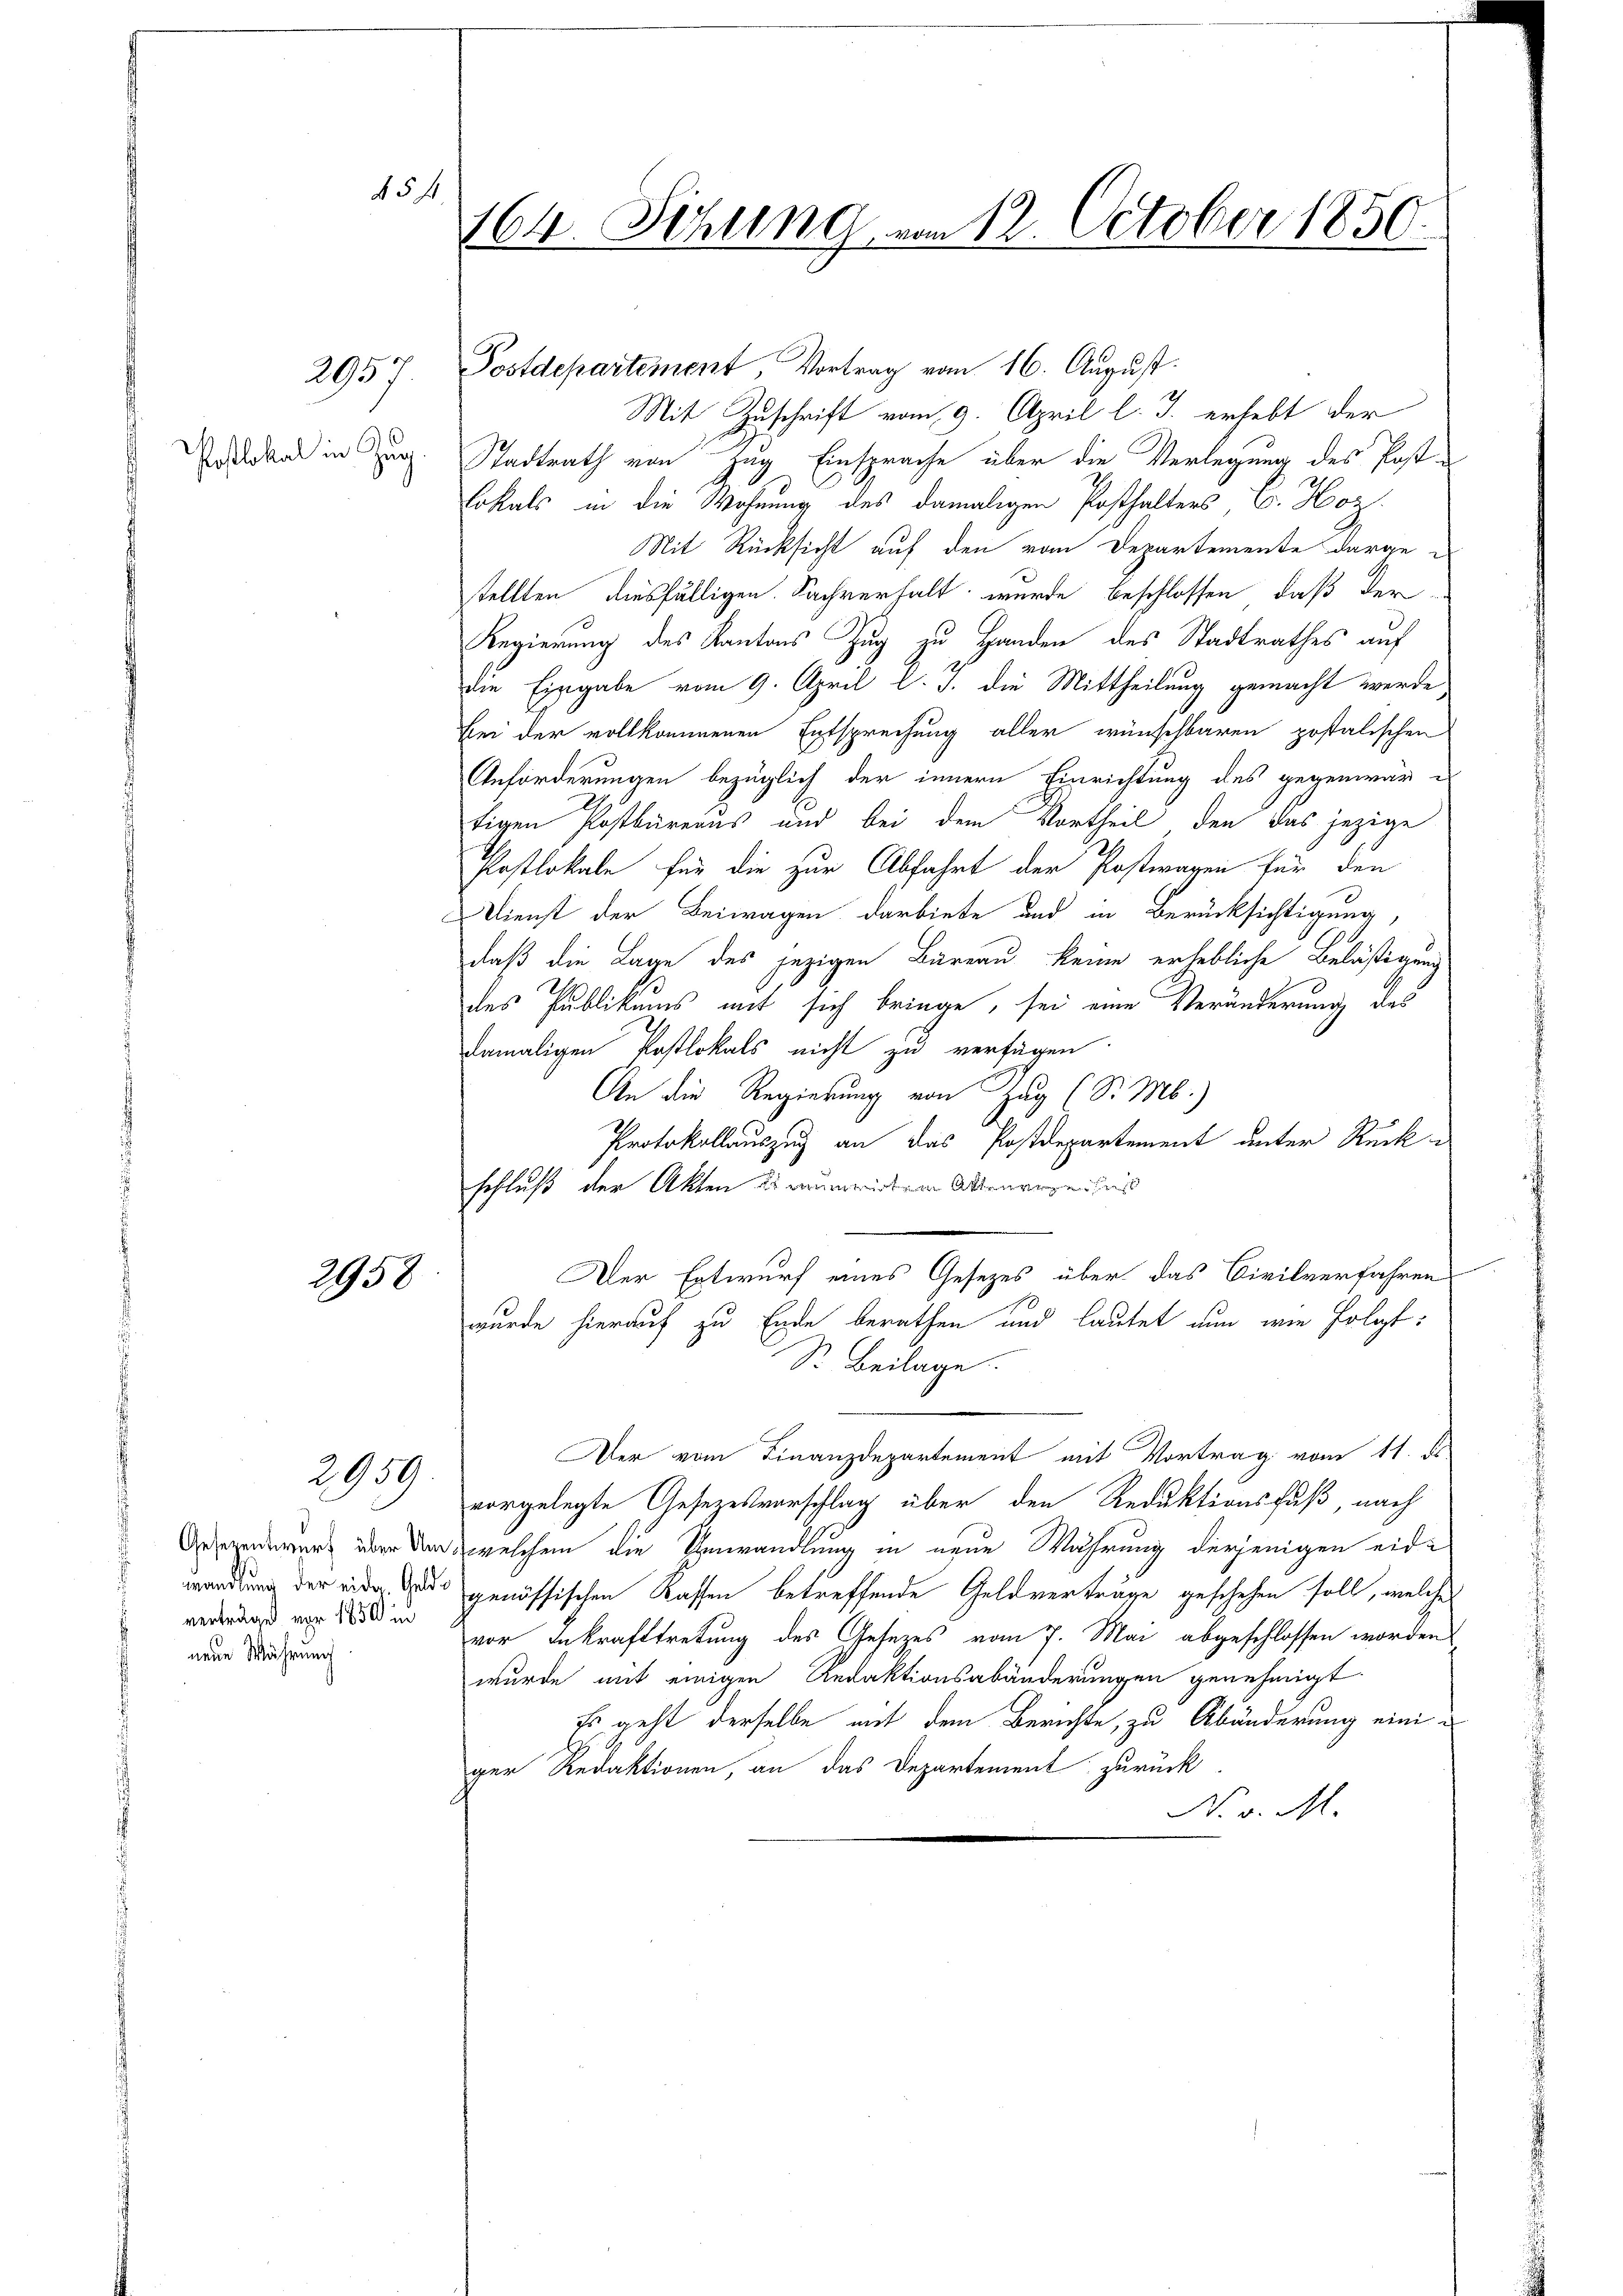
Postlokal in Zug.

2958

2959.

Gesezentwurf über Un
wandlung der eidg. Geld
verträge vor 1850 in
nene Währung

45 f

164. Seling vom 12. October 1850.

2957. Postdepartement, Vortrag vom 16. August.
Mit Zuschrift vom 9. April l. J. erhebt der
Stadtrath von Zug Einsprache über die Verlegung des Post¬
Lokals in die Wohnung des damaligen Posthalters E. Hoz.
Mit Rücksicht auf den vom Departemente darge-
stellten diesfälligen Sachverhalt wurde beschlossen, daß der
Regierung des Kantons Zug zu Handen des Stadtrathes auf
die Eingabe vom 9. April l. J. die Mittheilung gemacht werde
Bei der vollkommenen Entsprechung aller wünschbaren postalischen
Anförderungen bezüglich der innern Einrichtung des gegenwär es
tigen Postbüreaus und bei dem Vortheil den das jezige
Postlokale für die zur Abfahrt der Postwagen für den
Dienst der Beiwagen darbiete und in Berücksichtigung,
daß die Lage des jezigen Büreau keine erhebliche Belästigung
des Publikums mit sich bringe, sei eine Veränderung des
damaligen Postlokals nicht zu verfügen
An die Regierung von Zug (S. M.)
31
Protokollauszug an das Postdepartement unter Rück
schluß der Akten einem wieder Aktenrege ins
Der Entwurf eines Gesetzes über das Civilverfahren
wurde hierauf zu Ende berathen und lautet nun wie folgt:
Sr. Beilage.
Der vom Finanzdepartement mit Vortrag vom 11. ds.
vorgelegte Gesetzesvorschlag über den Reduktionsfuß, nach
 welchem die Umwandlung in neue Wahrung derjenigen eidi
genössischen Kassen betreffende Geldverträge geschehen soll, welches
vor Inkrafttretung des Gesezes vom 7. Mai abgeschlossen worden
wurde mit einigen Redaktionsabänderungen genehmigt.
Es geht derselbe mit dem Berichte, zu Abänderung einiger Redaktionen, an das Departement zurück
N. v. M.